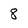
Character: 8